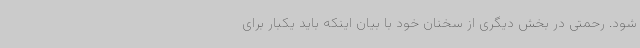
شود. رحمتی در بخش دیگری از سخنان خود با بیان اینکه باید یکبار برای